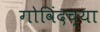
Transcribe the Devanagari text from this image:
गोविंदच्या